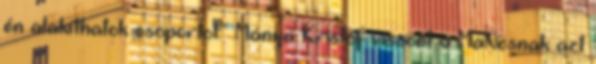
én alakíthatok csoportot." Mánya Kristóf viszont a MaNcsnak azt